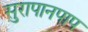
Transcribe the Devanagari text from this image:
सुरापानपाप